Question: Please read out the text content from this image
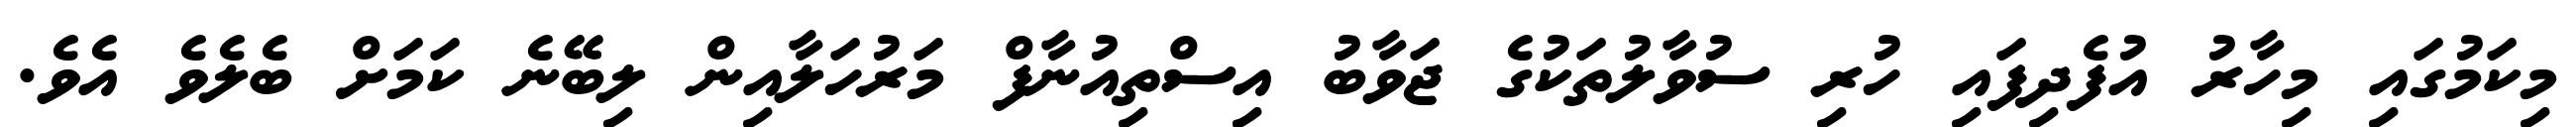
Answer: މިކަމުގައި މިހާރު އުފެދިފައި ހުރި ސުވާލުތަކުގެ ޖަވާބު އިސްތިއުނާފް މަރުހަލާއިން ލިބޭނެ ކަމަށް ބެލެވެ އެވެ.